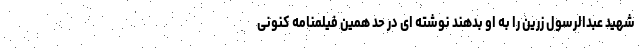
شهید عبدالرسول زرین را به او بدهند نوشته ای در حد همین فیلمنامه کنونی